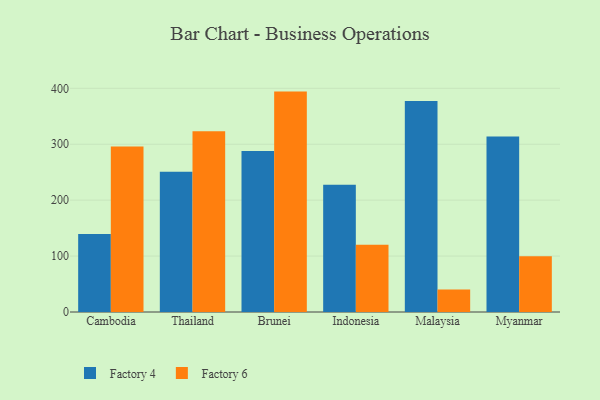
{"axis": {"x": "Country", "y": "Customer Acquisition Cost (USD)"}, "legend": ["Factory 4", "Factory 6"], "data": [{"x": "Cambodia", "y": 139.4, "type": "Factory 4"}, {"x": "Cambodia", "y": 295.8, "type": "Factory 6"}, {"x": "Thailand", "y": 250.8, "type": "Factory 4"}, {"x": "Thailand", "y": 323.0, "type": "Factory 6"}, {"x": "Brunei", "y": 288.1, "type": "Factory 4"}, {"x": "Brunei", "y": 394.1, "type": "Factory 6"}, {"x": "Indonesia", "y": 227.6, "type": "Factory 4"}, {"x": "Indonesia", "y": 120.1, "type": "Factory 6"}, {"x": "Malaysia", "y": 377.3, "type": "Factory 4"}, {"x": "Malaysia", "y": 40.1, "type": "Factory 6"}, {"x": "Myanmar", "y": 313.7, "type": "Factory 4"}, {"x": "Myanmar", "y": 99.8, "type": "Factory 6"}]}